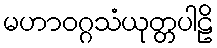
မဟာဝဂ္ဂသံယုတ္တပါဠိ